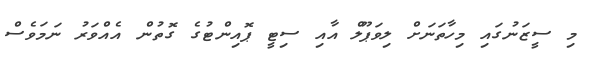
މި ސީޒަނުގައި މިހާތަނަށް ލިވަޕޫލް އާއި ސިޓީ ޕޮއިންޓުގެ ގޮތުން އެއްވަރު ނަމަވެސް